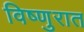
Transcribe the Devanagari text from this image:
विष्णुरात